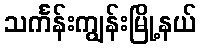
သင်္ကန်းကျွန်းမြို့နယ်